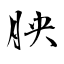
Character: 胦